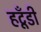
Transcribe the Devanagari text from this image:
हटूँडी